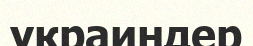
украиндер